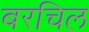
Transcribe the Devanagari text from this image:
बरचिल